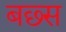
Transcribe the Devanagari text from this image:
बछ्स